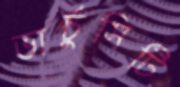
ভার্চুসিটি